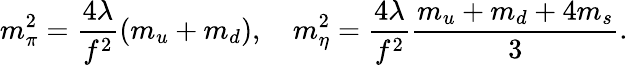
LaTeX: m_{\pi}^{2}=\frac{4\lambda}{f^{2}}(m_{u}+m_{d}),\quad m_{\eta}^{2}=\frac{4\lambda}{f^{2}}\frac{m_{u}+m_{d}+4m_{s}}{3}.